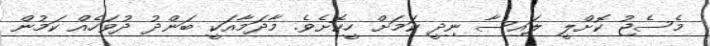
މެސެޖު ކޮށްލީ ލައިސާ ނިދީ ކަމަށް ހީކޮށެވެ. މާދަމާއަކީ ބަންދު ދުވަހެއް ކަމުން